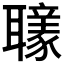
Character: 𦘄